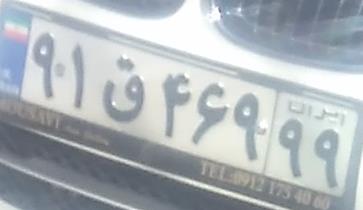
۹۱ق۴۶۹۹۹